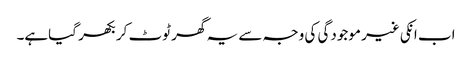
اب انکی غیر موجودگی کی وجہ سے یہ گھر ٹوٹ کر بکھر گیاہے۔